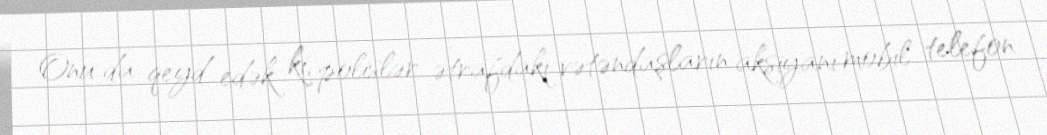
Onu da qeyd edək ki, polislər ətrafdakı vətəndaşların aksiyanı mobil telefon